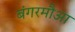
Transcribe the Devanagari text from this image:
बंगरमौआ